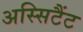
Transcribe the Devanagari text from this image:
अस्सिटैंट